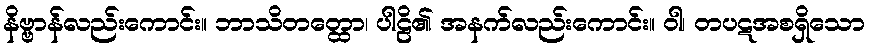
နိဗ္ဗာန်လည်းကောင်း။ ဘာသိတတ္ထော၊ ပါဠိ၏ အနက်လည်းကောင်း။ ဝါ၊ တပဋအစရှိသော